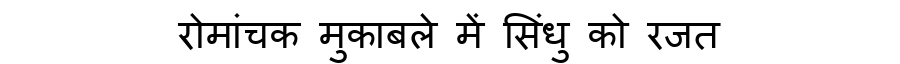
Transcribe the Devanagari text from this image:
रोमांचक मुकाबले में सिंधु को रजत